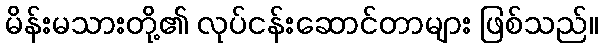
မိန်းမသားတို့၏ လုပ်ငန်းဆောင်တာများ ဖြစ်သည်။